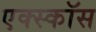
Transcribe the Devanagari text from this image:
एक्स्कॉस